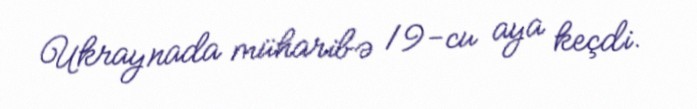
Ukraynada müharibə 19-cu aya keçdi.